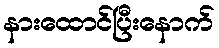
နားထောင်ပြီးနောက်